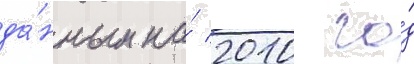
да́нным на́ 2010 го́д